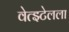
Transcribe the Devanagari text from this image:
वेत्झ्टेलला